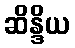
ဆိန္ဒိယ